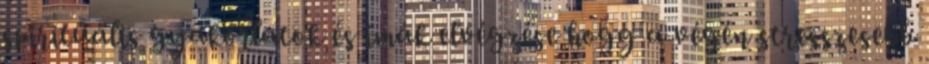
spirituális gyakorlatok és imák elvégzése hogy a végén stresszesebb